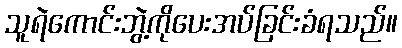
သူရဲကောင်းဘွဲ့ကိုပေးအပ်ခြင်းခံရသည်။